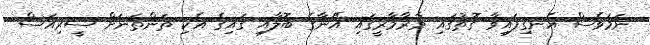
ނަމަވެސް އެނގިފައިވާ ގޮތުގައި މާރާމާރީގައި އޭނާގެ ބޮލާއި ގައިގެ އެކި ތަންތަނަށް ސީރިއަސް